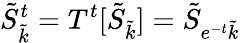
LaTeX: \tilde{S}_{\tilde{k}}^{t}=T^{t}[\tilde{S}_{\tilde{k}}]=\tilde{S}_{e^{-t}\tilde{k}}